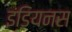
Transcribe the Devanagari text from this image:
इंडियनस